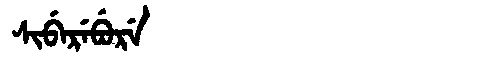
Manchu: ᠰᡳᠪᡝᡵᡝᠪᡠᡵᡝ
Romanization: SIBEREBURE